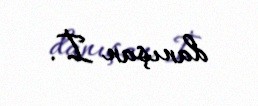
danışan İ.